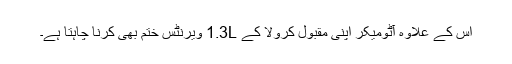
اس کے علاوہ آٹومیکر اپنی مقبول کرولا کے 1.3L ویرنٹس ختم بھی کرنا چاہتا ہے۔